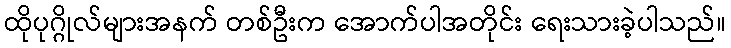
ထိုပုဂ္ဂိုလ်များအနက် တစ်ဦးက အောက်ပါအတိုင်း ရေးသားခဲ့ပါသည်။